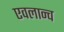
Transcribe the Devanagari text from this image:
एवलान्च